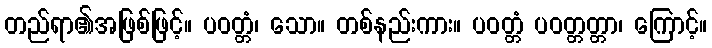
တည်ရာ၏အဖြစ်ဖြင့်။ ပဝတ္တံ၊ သော။ တစ်နည်းကား။ ပဝတ္တံ ပဝတ္တတ္တာ၊ ကြောင့်။